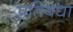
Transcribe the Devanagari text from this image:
प्रतिबधा